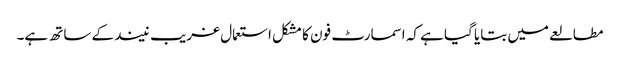
مطالعے میں بتایا گیا ہے کہ اسمارٹ فون کا مشکل استعمال غریب نیند کے ساتھ ہے۔